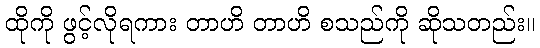
ထိုကို ဖွင့်လိုရကား တာဟိ တာဟိ စသည်ကို ဆိုသတည်း။